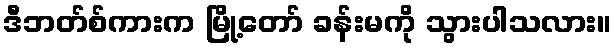
ဒီဘတ်စ်ကားက မြို့တော် ခန်းမကို သွားပါသလား။